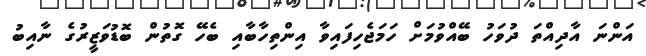
އަންނަ އާދިއްތަ ދުވަހު ބޭއްވުމަށް ހަމަޖެހިފައިވާ އިންތިހާބާއި ބެހޭ ގޮތުން ބޮޑުވަޒީރުގެ ނާއިބު